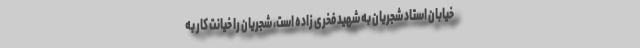
خیابان استاد شجریان به شهید فخری زاده است، شجریان را خیانت کار به